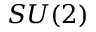
S U ( 2 )